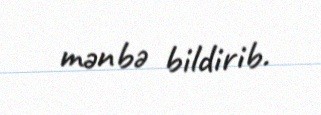
mənbə bildirib.